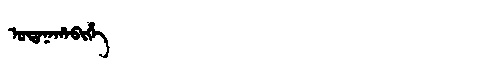
Manchu: ᡠᡩᠠᠨᠠᡥᠠᠪᡳᡥᡝ
Romanization: UDANAHABIHE